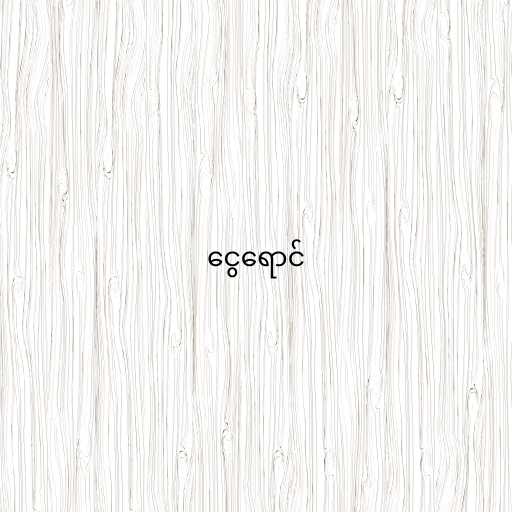
ငွေရောင်